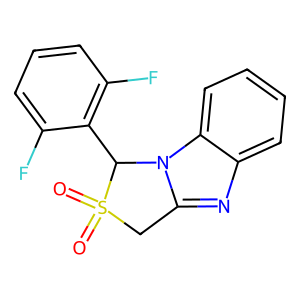
SMILES: O=S1(=O)Cc2nc3ccccc3n2C1c1c(F)cccc1F
Inhibits HIV replication: Yes